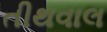
તીથવાલ